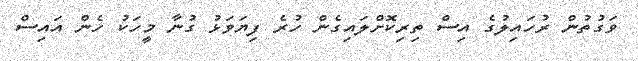
ވަގުތުން ރުހައިލުގެ އިސް ތިރިކޮށްލައިގެން ހުރެ ފިޔަވަޅު ގުނާ މީހަކު ހެން އައިސް